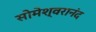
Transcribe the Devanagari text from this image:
सोमेश्वरानंद